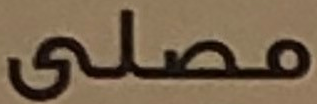
مصلى